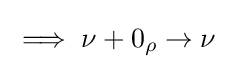
{\textstyle \implies \nu +0_{\rho }\rightarrow \nu }